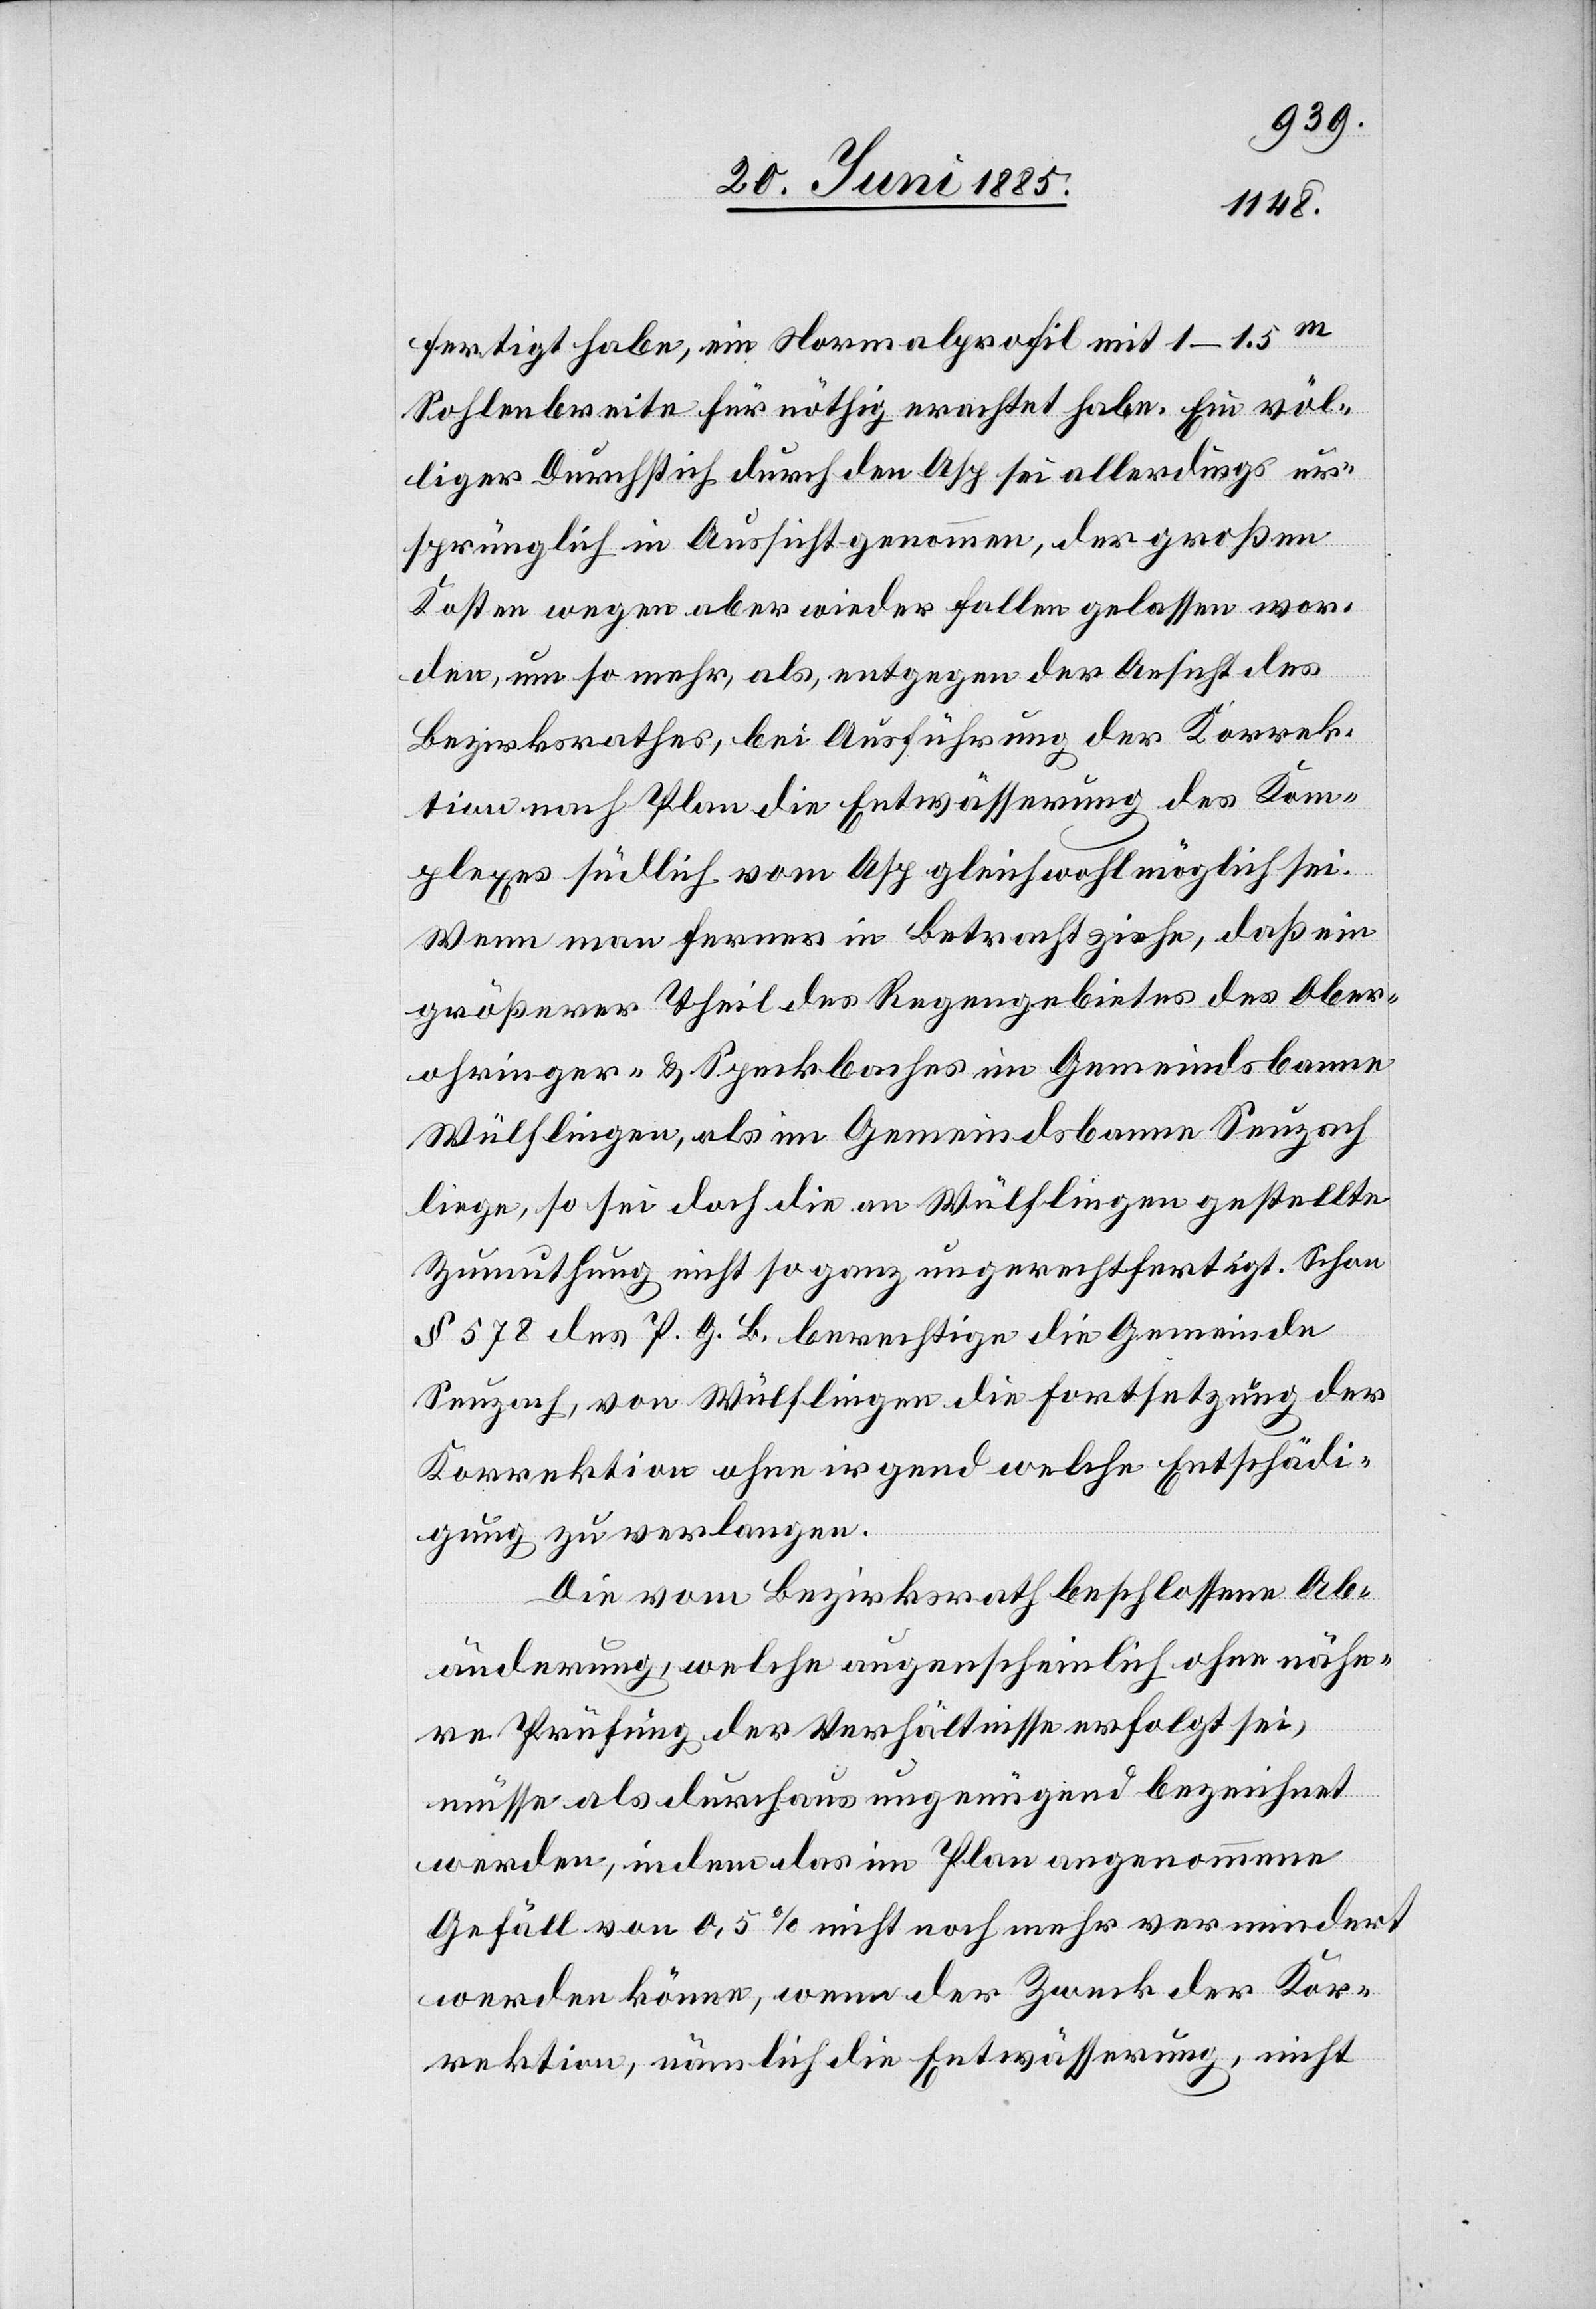
fertigt habe, ein Normalprofil 1–1.5 m
Sohlenbreite für nöthig erachtet habe. Ein völ¬
liger Durchstich durch den Asp sei allerdings ur¬
sprünglich in Aussicht genommen, der großen
Kosten wegen aber wieder fallen gelassen wor¬
den, um so mehr, als, entgegen der Ansicht des
Bezirksrathes, bei Ausführung der Korrek¬
tion nach Plan die Entwässerung des Kom¬
plexes südlich vom Asp gleichwohl möglich sei.
Wenn man ferner in Betracht ziehe, daß ein
größerer Theil des Regengebietes des Ober¬
ohringer- & Speckbaches im Gemeindsbanne
Wülflingen, als im Gemeindsbanne Seuzach
liege, so sei doch die an Wülflingen gestellte
Zumuthung nicht so ganz ungerechtfertigt. Schon
§ 578 des P. G. B. berechtige die Gemeinde
Seuzach, von Wülflingen die Fortsetzung der
Korrektion ohne irgend welche Entschädi¬
gung zu verlangen.
Die vom Bezirksrath beschlossene Ab¬
änderung, welche augenscheinlich ohne nähe¬
re Prüfung der Verhältnisse erfolgt sei,
müsse als durchaus ungenügend bezeichnet
werden, indem das im Plan angenommene
Gefäll von 0,5% nicht noch mehr vermindert
werden könne, wenn der Zweck der Kor¬
rektion, nämlich die Entwässerung, nicht